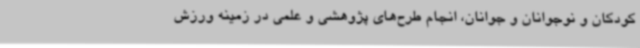
کودکان و نوجوانان و جوانان، انجام طرح‌های پژوهشی و علمی در زمینه ورزش